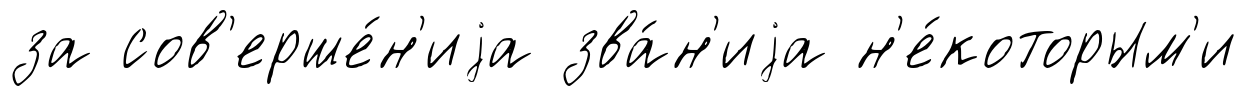
за сов'ерше́н'иjа зва́н'иjа н'е́которым'и